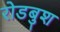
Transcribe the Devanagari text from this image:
रोडबुश